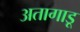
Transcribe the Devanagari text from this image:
अतागाडू